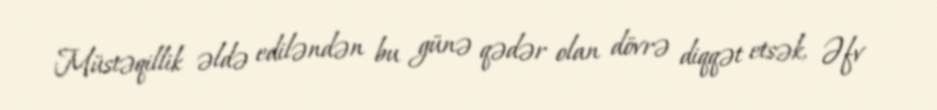
Müstəqillik əldə ediləndən bu günə qədər olan dövrə diqqət etsək, Əfv